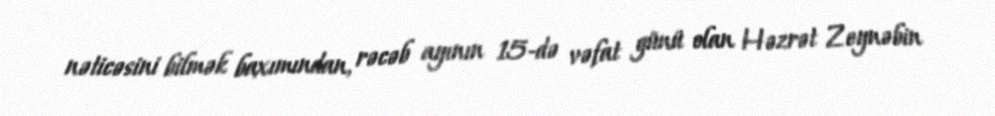
nəticəsini bilmək baxımından, rəcəb ayının 15-də vəfat günü olan Həzrət Zeynəbin